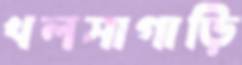
খলসাগাড়ি